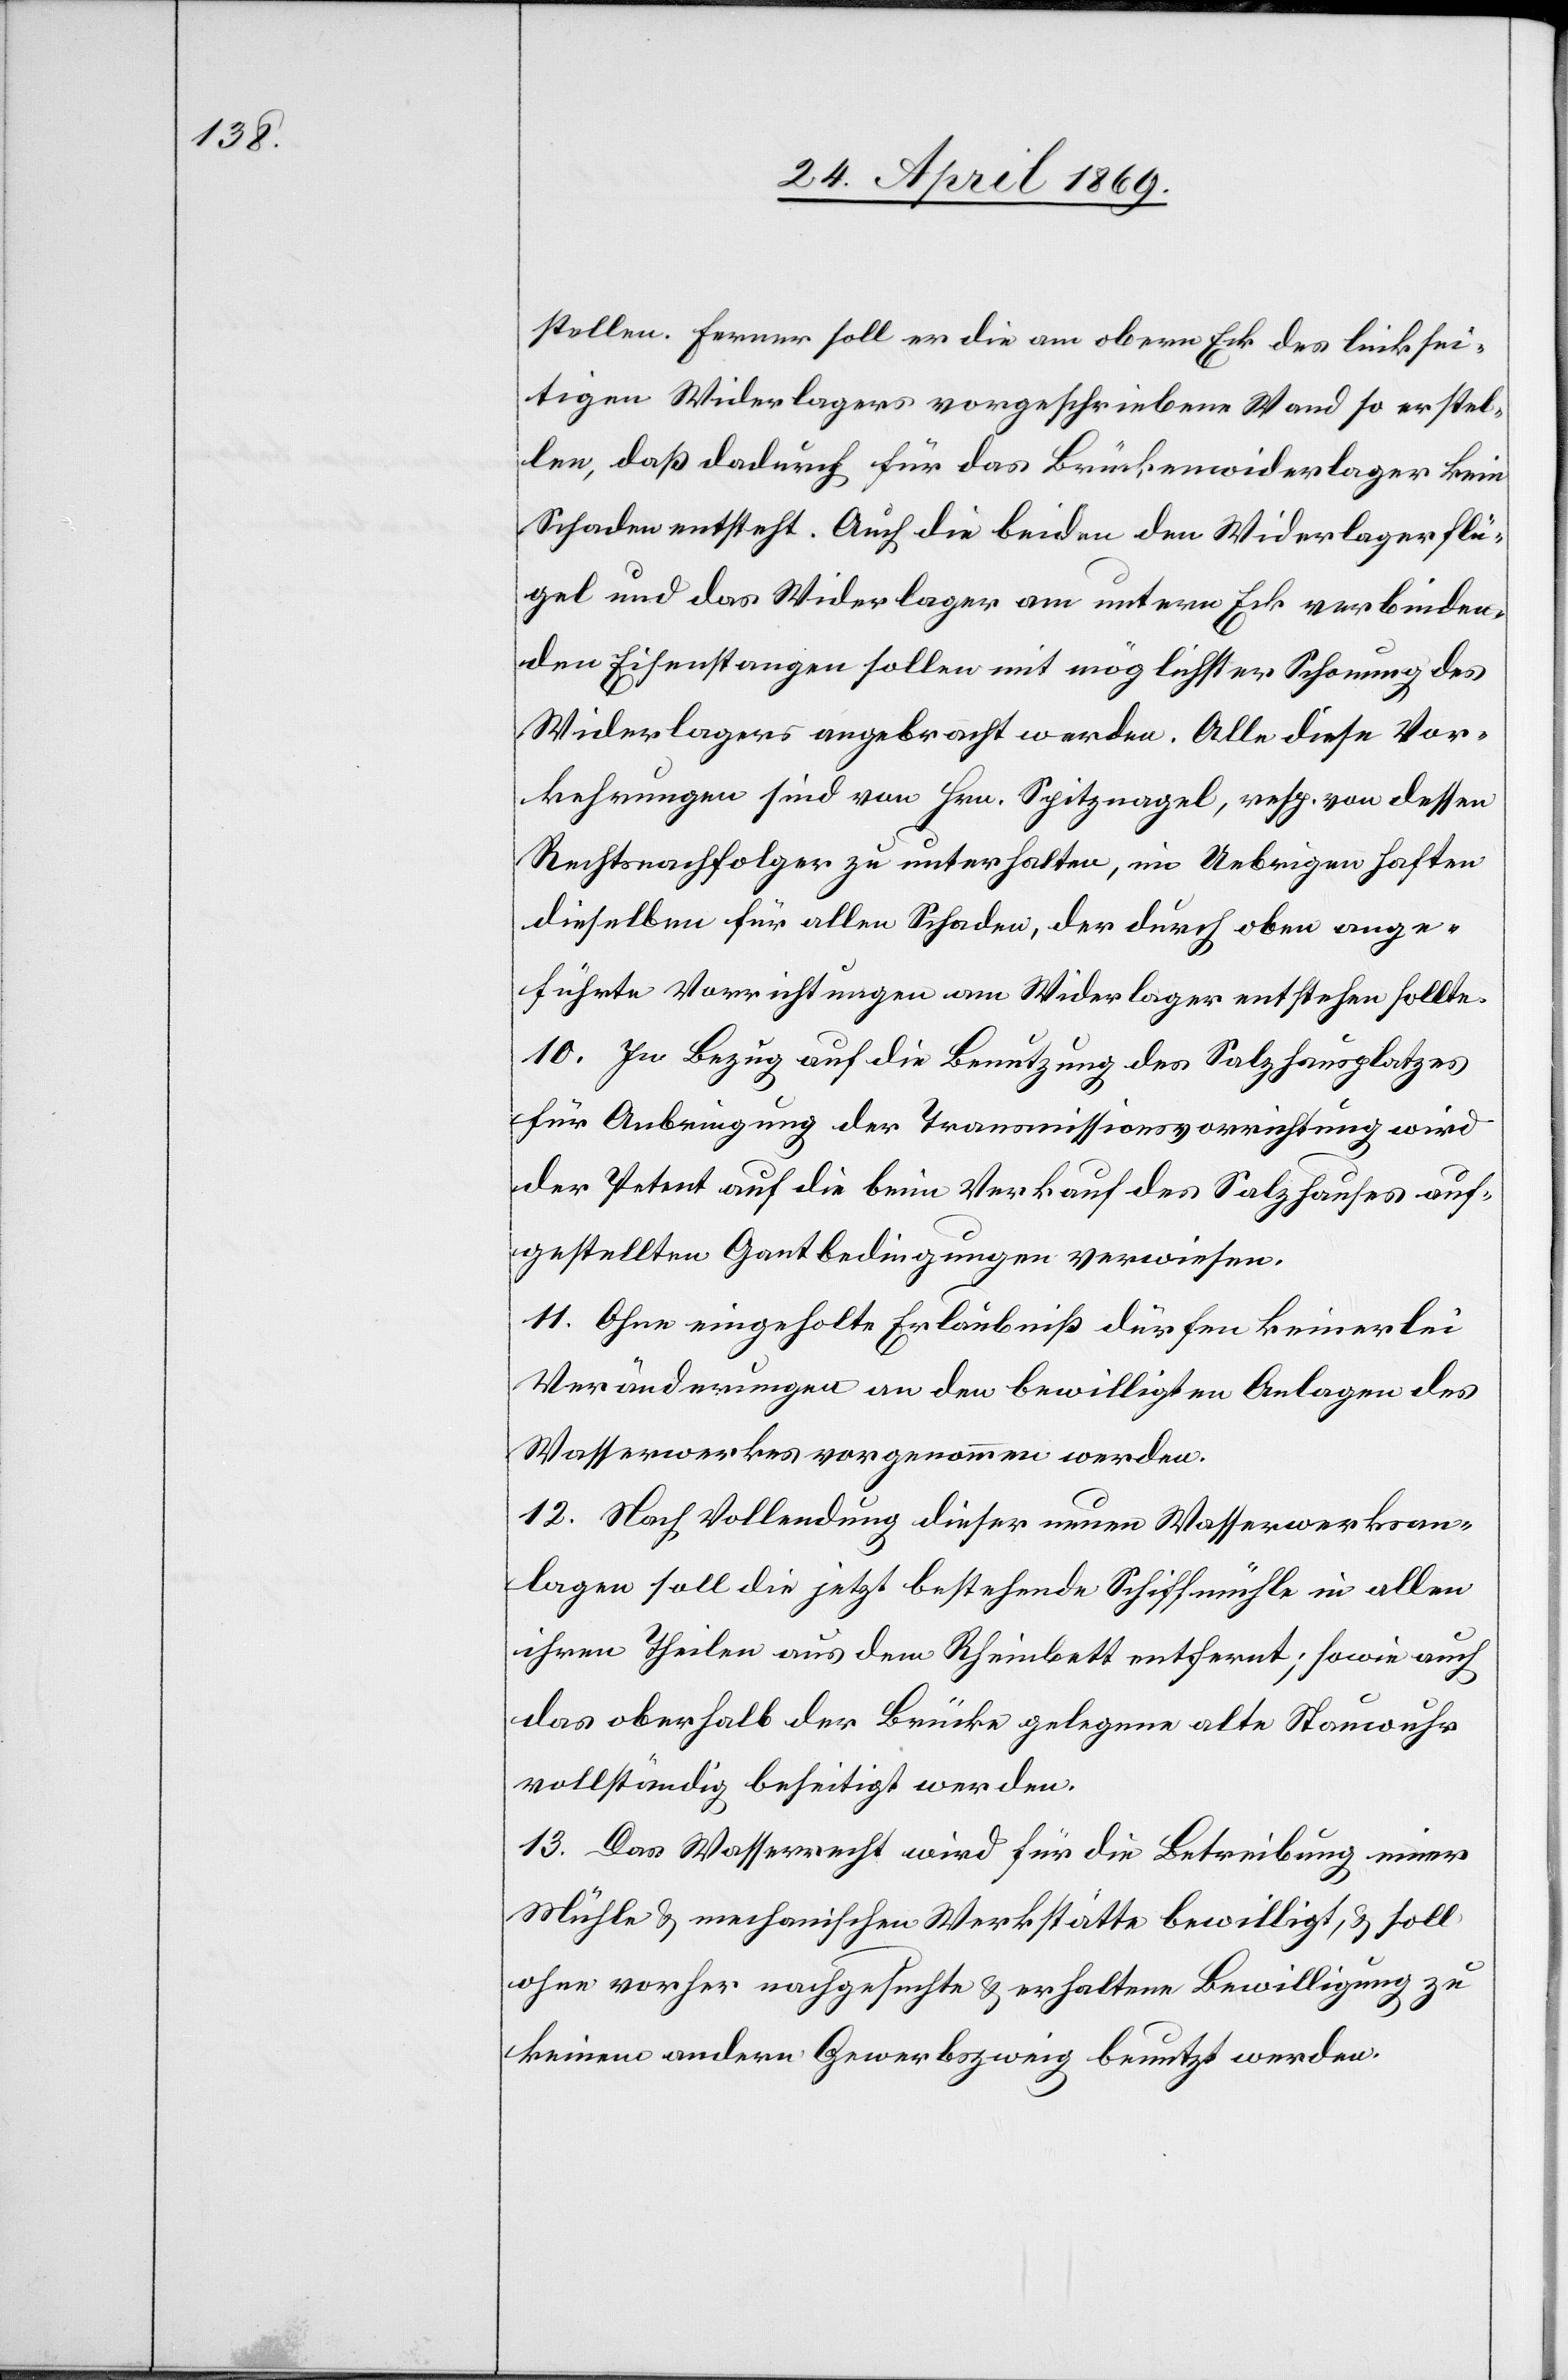
stellen. Ferner soll er die am obern Eck des linksei¬
tigen Widerlagers vorgeschriebene Wand so erstel¬
len, daß dadurch für das Brückenwiderlager kein
Schaden entsteht. Auch die beiden den Widerlagerflü¬
gel und das Widerlager am untern Eck verbinden¬
den Eisenstangen sollen mit möglichster Schonung des
Widerlagers angebracht werden. Alle diese Vor¬
kehrungen sind von Hrn. Spitznagel, resp. von dessen
Rechtsnachfolger zu unterhalten, im Uebrigen haften
dieselben für allen Schaden, de durch oben ange¬
führte Vorrichtungen am Widerlager entstehen sollte.
10. In Bezug auf die Benutzung des Salzhausplatzes
für Anbringung der Transmissionsvorrichtung wird
der Petent auf die beim Verkehr des Salzhauses auf¬
gestellten Gantbedingungen verwiesen.
11. Ohne eingeholte Erlaubniß dürfen keinerlei
Veränderungen an den bewilligten Anlagen des
Wasserwerkes vorgenommen werden.
12. Nach Vollendung dieser neuen Wasserwerksan¬
lagen soll die jetzt bestehende Schiffmühle in allen
ihren Theilen aus dem Rheinbett entfernt; sowie auch
das oberhalb der Brücke gelegene alte Stauwuhr
vollständig beseitigt werden.
13. Das Wasserrecht wird für die Betreibung einer
Mühle u. mechanischen Werkstätte bewilligt, u. soll
ohne vorher nachgesuchte u. erhaltene Bewilligung zu
keinem andern Gewerbszweig benutzt werden.